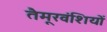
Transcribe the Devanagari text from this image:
तैमूरवंशियों